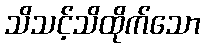
သိသင့်သိထိုက်သော